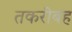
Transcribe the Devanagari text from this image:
तकरीबह